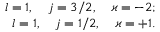
\begin{array} { r } { l = 1 , \quad j = 3 / 2 , \quad \varkappa = - 2 ; } \\ { l = 1 , \quad j = 1 / 2 , \quad \varkappa = + 1 . } \end{array}